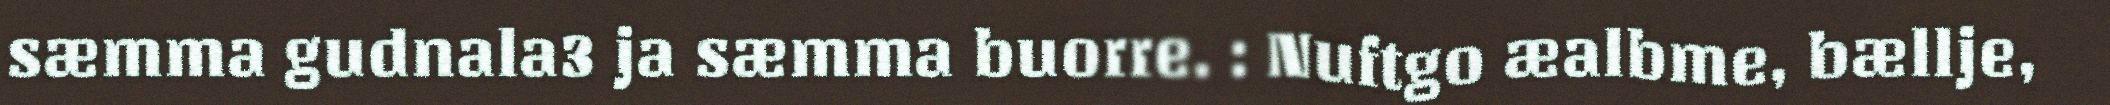
sæmma gudnala3 ja sæmma buorre. : Nuftgo æalbme, bællje,